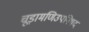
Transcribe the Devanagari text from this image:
चूड़ामणिउपनिषद